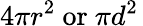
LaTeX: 4\pi r^{2}\ {\mathrm{or}}\ \pi d^{2}\,